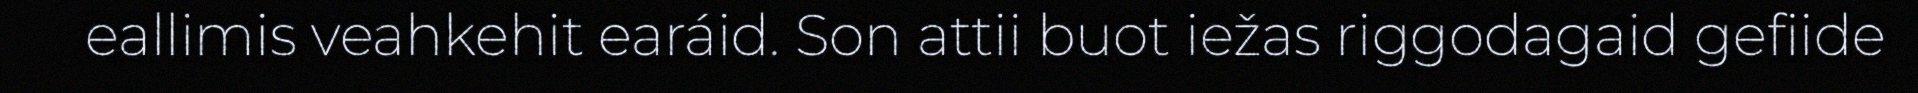
eallimis veahkehit earáid. Son attii buot iežas riggodagaid gefiide